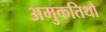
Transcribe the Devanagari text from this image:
अमुकतिथौ